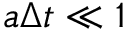
a \Delta t \ll 1